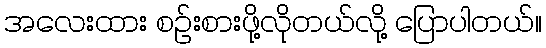
အလေးထား စဉ်းစားဖို့လိုတယ်လို့ ပြောပါတယ်။